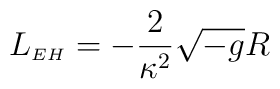
L_{{\scriptscriptstyle EH}}=-\frac{2}{\kappa^2}\sqrt{-g}R